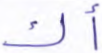
أك